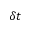
\delta t